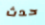
حدث